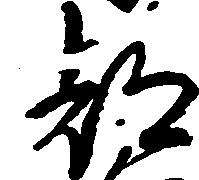
都